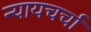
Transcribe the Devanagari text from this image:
न्यायचर्चा